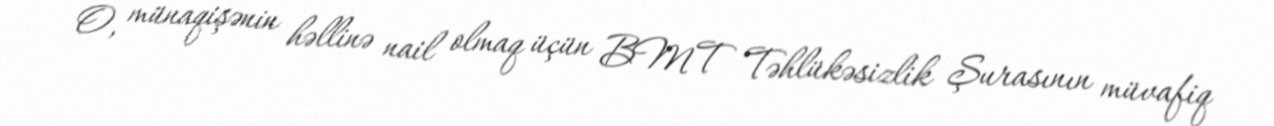
O, münaqişənin həllinə nail olmaq üçün BMT Təhlükəsizlik Şurasının müvafiq